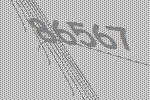
86567